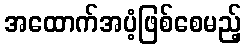
အထောက်အပံ့ဖြစ်စေမည့်